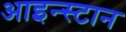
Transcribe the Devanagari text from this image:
आइन्स्टान